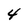
Character: 4